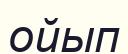
ойып